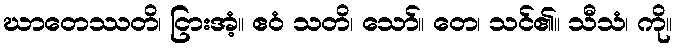
ဃာတေဿတိ၊ ငြားအံ့။ ဧဝံ သတိ၊ သော်။ တေ၊ သင်၏။ သီသံ၊ ကို။